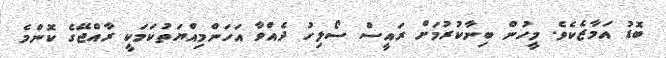
ބޮޑު އަމާޒެކެވެ. މީހުން ބިނާކުރުމަށް ރައީސް ސޯލިހު ދެއްވާ އަހަންމިއްޔަތުކަމަކީ ރާއްޖޭގެ ކޮންމެ